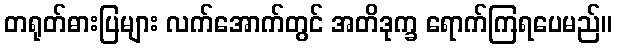
တရုတ်ဓားပြများ လက်အောက်တွင် အတိဒုက္ခ ရောက်ကြရပေမည်။